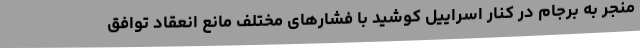
منجر به برجام در کنار اسراییل کوشید با فشارهای مختلف مانع انعقاد توافق